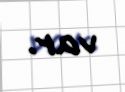
var.